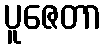
ပူဇေတာ